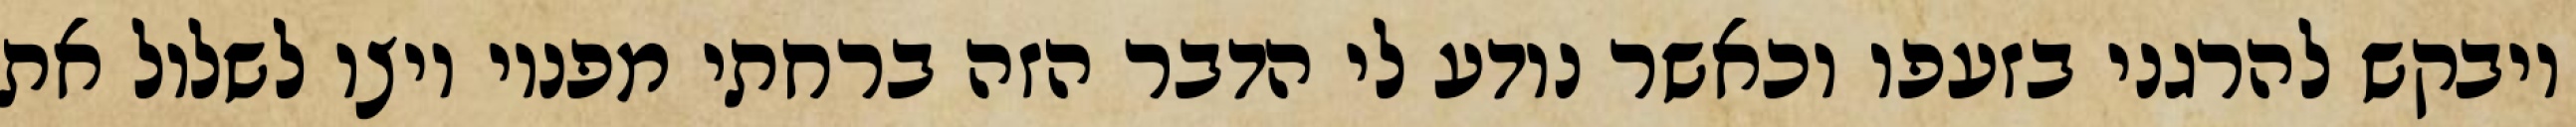
ויבקש להרגני בזעפו וכאשר נודע לי הדבר הזה ברחתי מפניו ויצו לשלול את